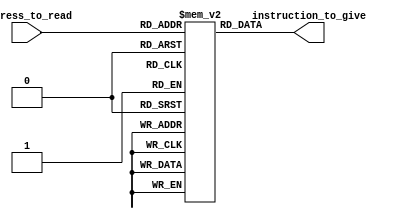
module instruction_mem(input [9:0] address_to_read, output reg [31:0] instruction_to_give);
	reg [31:0] mem [1023:0]; // memory of 1024 32-bit instructions
	
	always @(*) begin
		instruction_to_give[31:0] = mem[address_to_read];
	end
	// writes in memory to instruction_to_give
	
endmodule